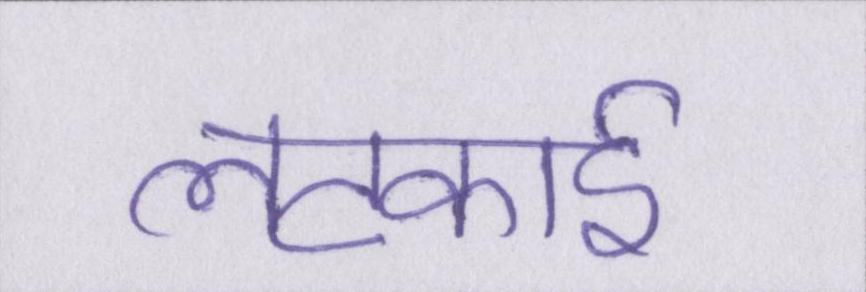
लटकाई